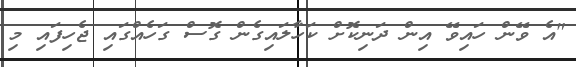
"އެ ވޭން ހައިވޭ އިން ދަނިކޮށް ކަހާލައިގެން ގޮސް ގަހެއްގައި ޖެހިފައި މި